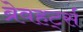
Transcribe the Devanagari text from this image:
ब्रेवहर्ट्स